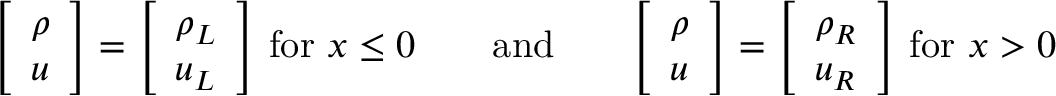
{ \left[ \begin{array} { l } { \rho } \\ { u } \end{array} \right] } = { \left[ \begin{array} { l } { \rho _ { L } } \\ { u _ { L } } \end{array} \right] } { \mathrm { ~ f o r ~ } } x \leq 0 \qquad { \mathrm { a n d } } \qquad { \left[ \begin{array} { l } { \rho } \\ { u } \end{array} \right] } = { \left[ \begin{array} { l } { \rho _ { R } } \\ { u _ { R } } \end{array} \right] } { \mathrm { ~ f o r ~ } } x > 0